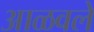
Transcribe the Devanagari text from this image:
आळवले